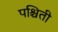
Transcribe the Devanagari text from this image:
पश्चिती